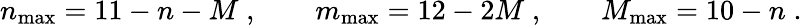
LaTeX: n_{\mathrm{max}}=11-n-M\; ,\qquad m_{\mathrm{max}}=12-2M\; ,\qquad M_{\mathrm{max}}=10-n\; .